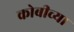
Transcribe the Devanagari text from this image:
कोबीच्या